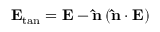
{ { \bf { E } } _ { \tan } } = { \bf { E } } - { \bf { \hat { n } } } \left( { { \bf { \hat { n } } } \cdot { \bf { E } } } \right)